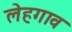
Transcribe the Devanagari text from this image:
लेहगाव